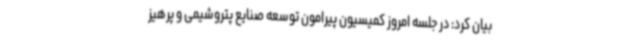
بیان کرد: در جلسه امروز کمیسیون پیرامون توسعه صنایع پتروشیمی و پرهیز